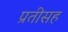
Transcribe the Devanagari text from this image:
प्रतीसह